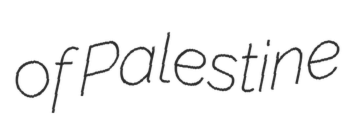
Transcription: of Palestine